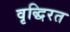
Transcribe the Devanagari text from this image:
वृद्धिरत